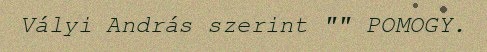
Vályi András szerint "" POMOGY.